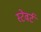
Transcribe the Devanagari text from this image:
स्टेवर्ट